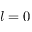
l = 0